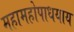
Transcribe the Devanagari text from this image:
महामहोपाधयाय